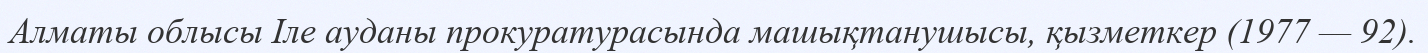
Алматы облысы Іле ауданы прокуратурасында машықтанушысы, қызметкер (1977 — 92).